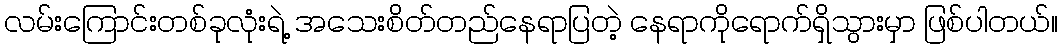
လမ်းကြောင်းတစ်ခုလုံးရဲ့ အသေးစိတ်တည်နေရာပြတဲ့ နေရာကိုရောက်ရှိသွားမှာ ဖြစ်ပါတယ်။